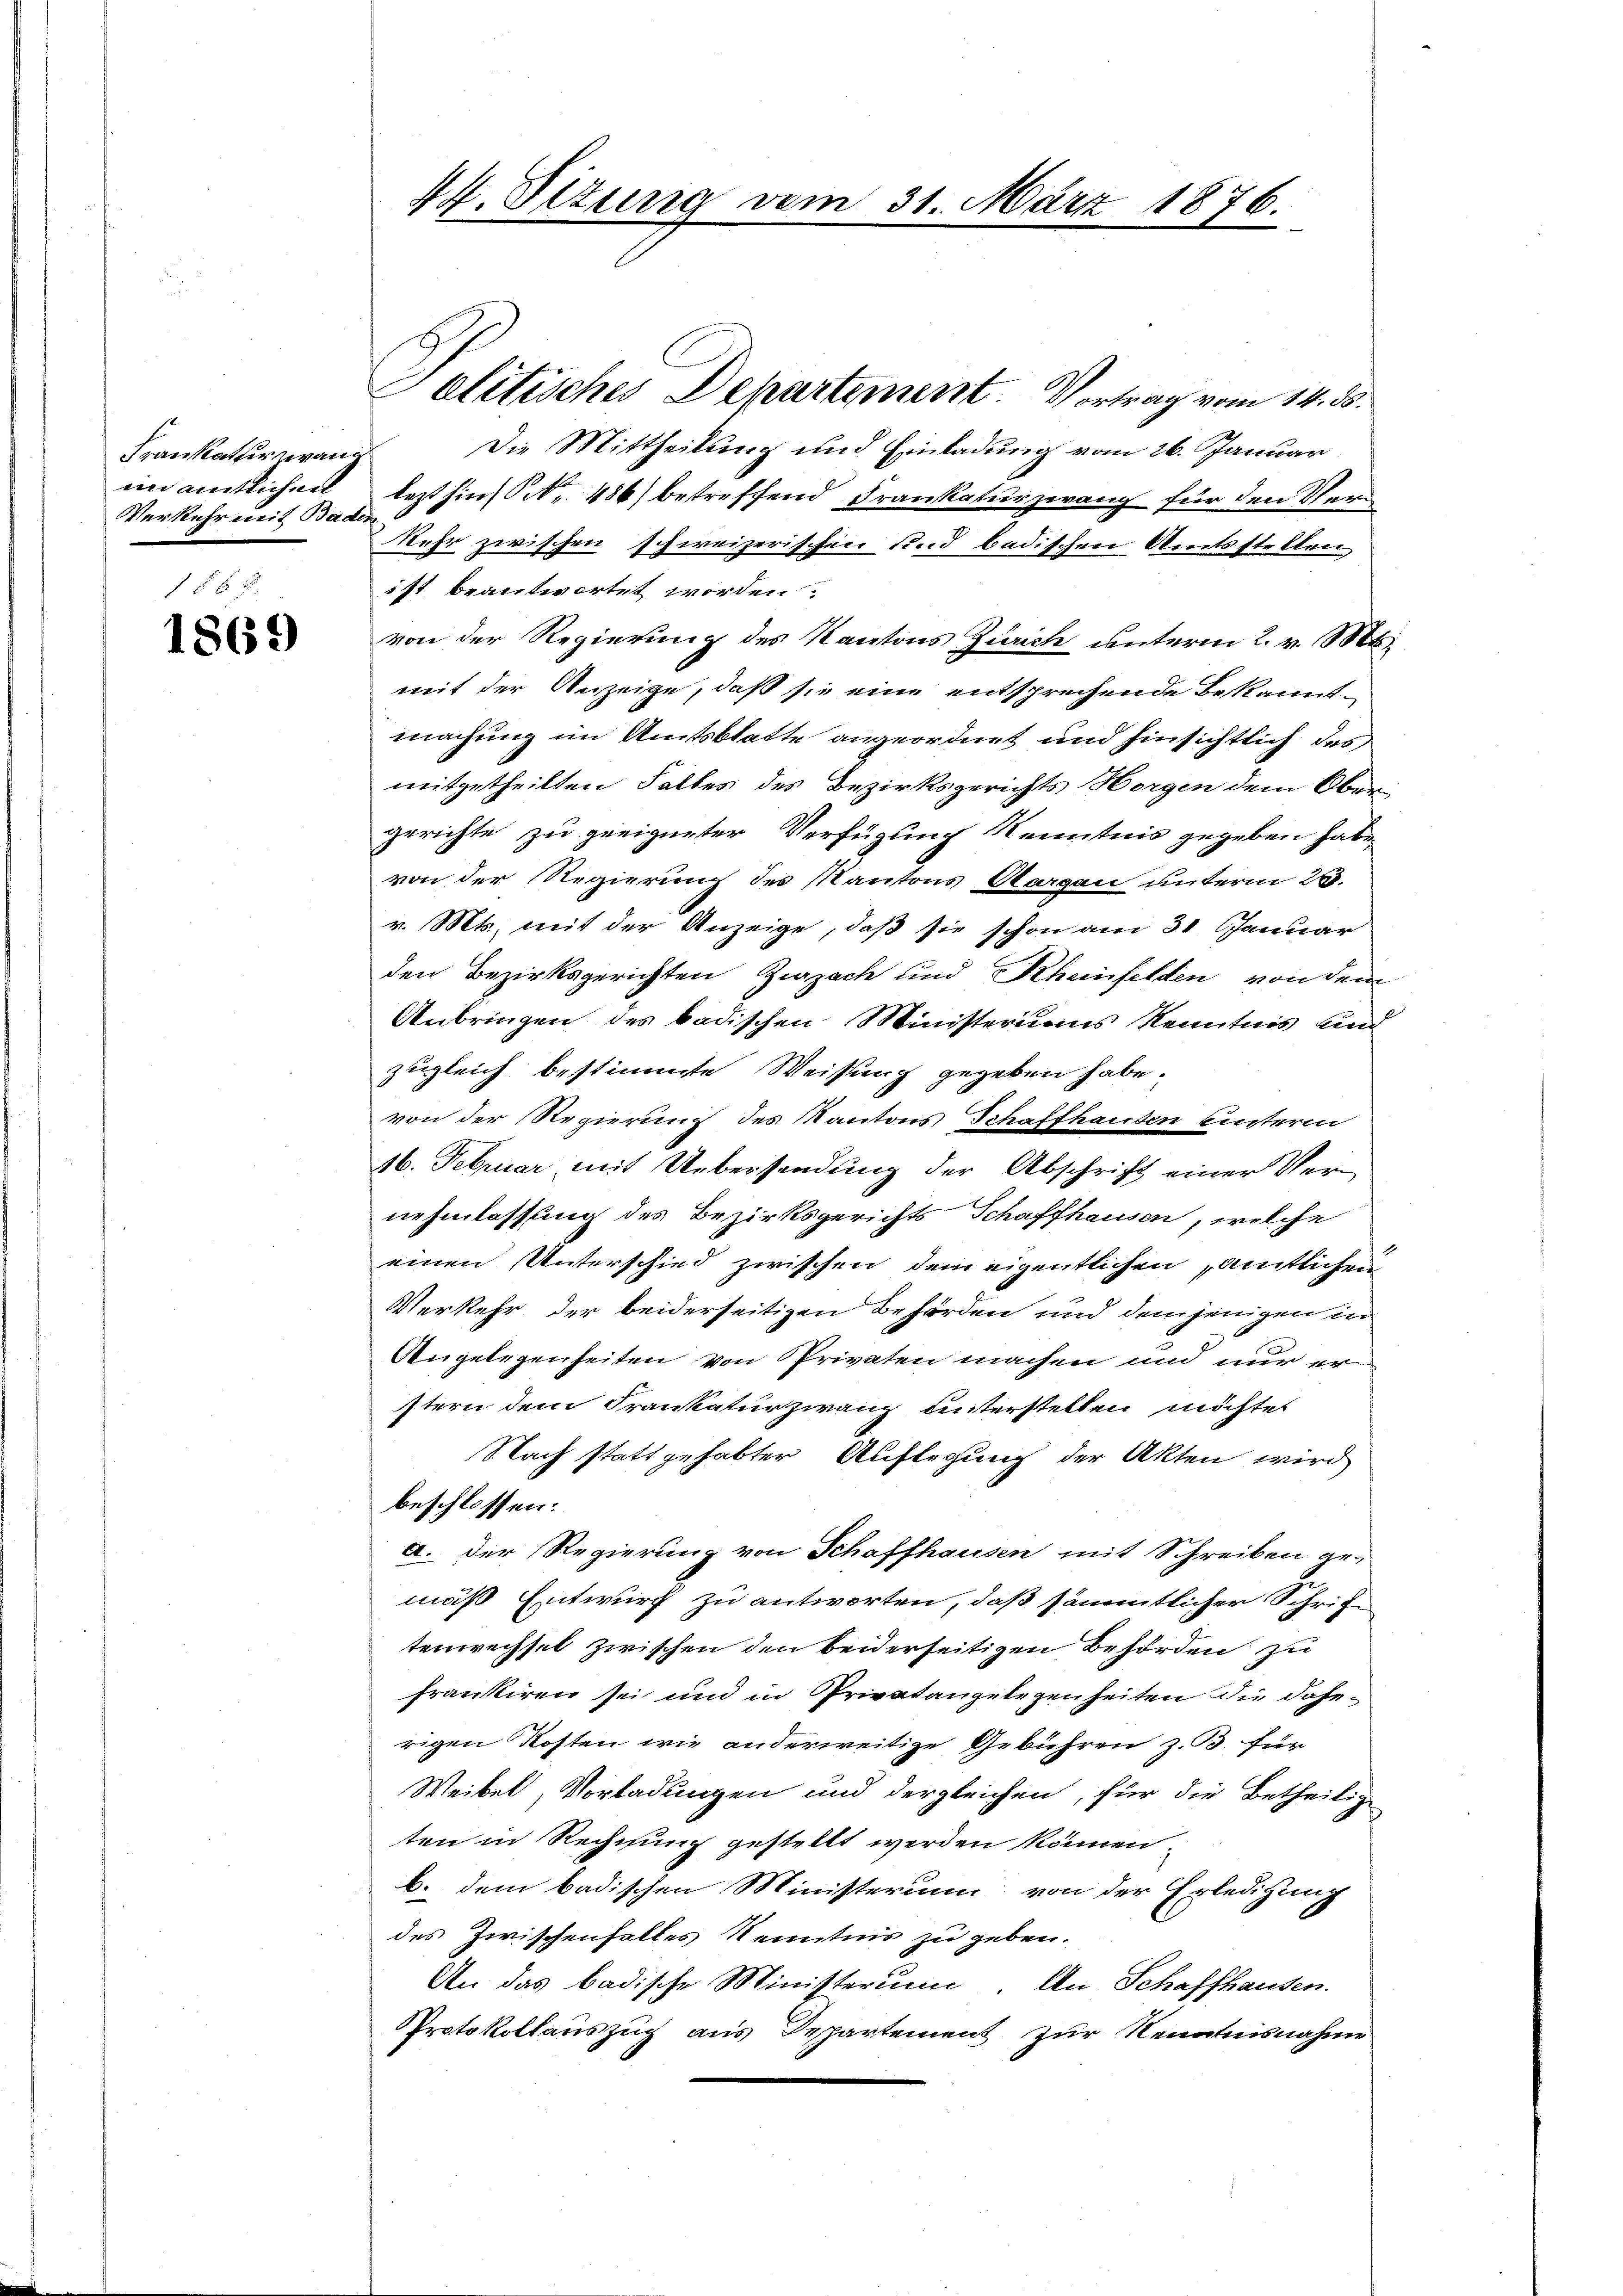
Frankatur zwang
im amtlichen
Verkehr mit Bader

156 f.
1869

elitisches Departement. Vortrag vom 14. ds.
Die Mittheilung und Einladung vom 26. Januar
lezt hins No. 486) betreffend Frankatur zwang für den Ver¬
Kehr zwischen schweizerischen und badischen Amtsstellen
ist beantwortet worden
von der Regierung des Kantons Zürich unterm 2. v. Mts.
mit der Anzeige, daß sie eine entsprechende Bekanntmachung im Amtsblatte angeordnet und hinsichtlich des
mitgetheilten Falles des Bezirksgerichts Horgen dem Obergerichte zu geeigneter Verfügung Kenntnis gegeben habe.
von der Regierung des Kantons Aargau unterm 23.
v. Mts., mit der Anzeige, daß sie schon am 31. Januar
den Bezirksgerichten Zurzach und Rheinfelden von dem
Anbringen des badischen Ministeriums Kenntnis und
zugleich bestimmte Weisung gegeben habe.
von der Regierung des Kantons Schaffhausen hinterm
16. Februar mit Uebersendung der Abschrift einer Vernehmlassung des Bezirksgerichts Schaffhausen, welche
einen Unterschied zwischen dem eigentlichen amtlichen
Verkehr der beiderseitigen Behörden und demjenigen in
Angelegenheiten von Privaten machen und nur erstern dem Frankatur zwang unterstellen möchtet
Nach stattgehabter Auflegung der Akten wird
beschlossen:
a. Der Regierung von Schaffhausen mit Schreiben ge-
mäß Entwurf zu antworten, daß sämmtlicher Schrift
tenwechsel zwischen den beiderseitigen Behörden zu
frankiren sei und in Privatangelegenheiten die daherigen Kosten wie anderweitige Gebühren z. B. für
Weibel, Vorladungen und dergleichen, für die Betheilige
ten in Rechnung gestellt werden können.
b. dem badischen Ministerium von der Erledigung
des Zwischenfalles Kenntnis zu geben.
An das badische Ministerum An Schaffhausen.
PProtokollauszug aus Departement zur Kenntnisnahme

44. Sizung vom 31. März 1876.
4